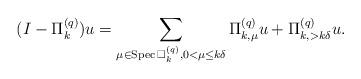
LaTeX: \begin{align*}(I-\Pi^{(q)}_k)u=\sum_{\mu\in{\rm Spec\,}\Box^{(q)}_k,0<\mu\leq k\delta}\Pi^{(q)}_{k,\mu}u+\Pi^{(q)}_{k,>k\delta}u.\end{align*}